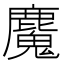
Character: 𮭺